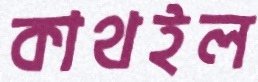
কাথইল